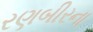
રણબીરના